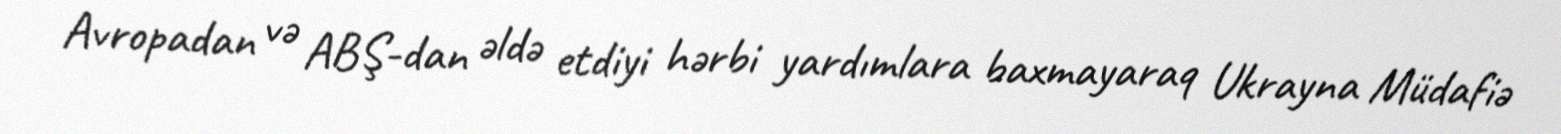
Avropadan və ABŞ-dan əldə etdiyi hərbi yardımlara baxmayaraq Ukrayna Müdafiə